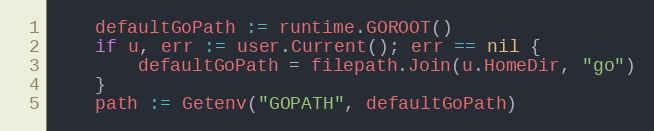
Language: Go
	defaultGoPath := runtime.GOROOT()
	if u, err := user.Current(); err == nil {
		defaultGoPath = filepath.Join(u.HomeDir, "go")
	}
	path := Getenv("GOPATH", defaultGoPath)